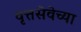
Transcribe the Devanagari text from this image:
वृत्तसेवेच्या